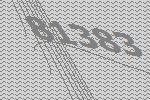
81383